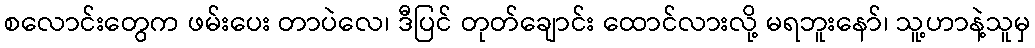
စလောင်းတွေက ဖမ်းပေး တာပဲလေ၊ ဒီပြင် တုတ်ချောင်း ထောင်လားလို့ မရဘူးနော်၊ သူ့ဟာနဲ့သူမှ